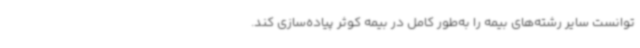
توانست سایر رشته‌های بیمه را به‌طور کامل در بیمه کوثر پیاده‌سازی کند.